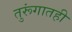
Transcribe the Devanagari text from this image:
तुरूंगातही